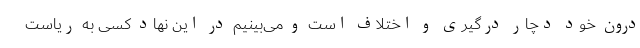
درون خود دچار درگیری و اختلاف است و می‌بینیم در این نهاد کسی به ریاست